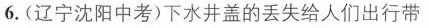
6.(辽宁沈阳中考)下水井盖的丢失给人们出行带